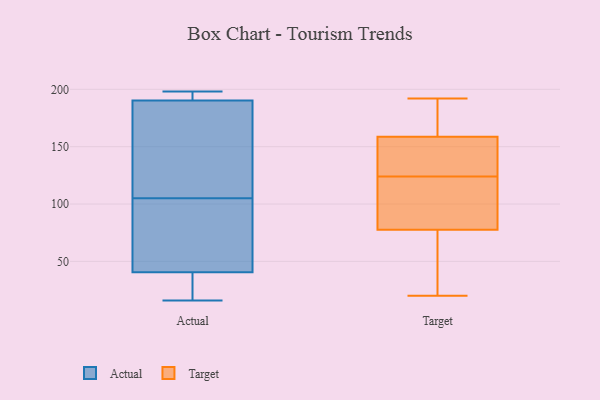
{"axis": {"x": "Headcount", "y": "Value"}, "legend": ["Actual", "Target"], "data": [{"x": "", "y": 83, "type": "Actual"}, {"x": "", "y": 195, "type": "Actual"}, {"x": "", "y": 27, "type": "Actual"}, {"x": "", "y": 69, "type": "Actual"}, {"x": "", "y": 191, "type": "Actual"}, {"x": "", "y": 198, "type": "Actual"}, {"x": "", "y": 105, "type": "Actual"}, {"x": "", "y": 186, "type": "Actual"}, {"x": "", "y": 16, "type": "Actual"}, {"x": "", "y": 188, "type": "Actual"}, {"x": "", "y": 31, "type": "Actual"}, {"x": "", "y": 55, "type": "Target"}, {"x": "", "y": 167, "type": "Target"}, {"x": "", "y": 20, "type": "Target"}, {"x": "", "y": 124, "type": "Target"}, {"x": "", "y": 121, "type": "Target"}, {"x": "", "y": 172, "type": "Target"}, {"x": "", "y": 85, "type": "Target"}, {"x": "", "y": 54, "type": "Target"}, {"x": "", "y": 192, "type": "Target"}, {"x": "", "y": 131, "type": "Target"}, {"x": "", "y": 105, "type": "Target"}, {"x": "", "y": 137, "type": "Target"}, {"x": "", "y": 156, "type": "Target"}]}